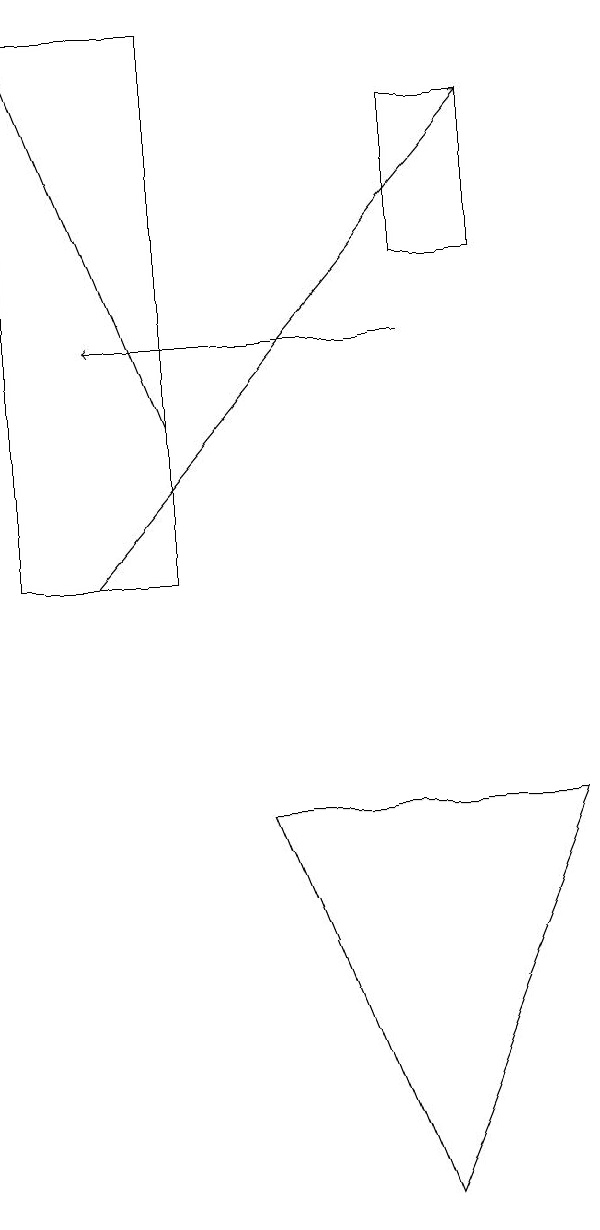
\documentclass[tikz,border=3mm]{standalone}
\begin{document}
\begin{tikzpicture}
\draw[->] (1,10) -- (6,16);
\draw (6,16) rectangle (5,14);
\draw (2,17) rectangle (0,10);
\draw (5,2) -- (7,7) -- (3,7) -- cycle;
\draw[->] (2,12) -- (0,17);
\draw[->] (5,13) -- (1,13);
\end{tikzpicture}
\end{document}